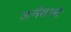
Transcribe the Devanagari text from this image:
जनेवाले